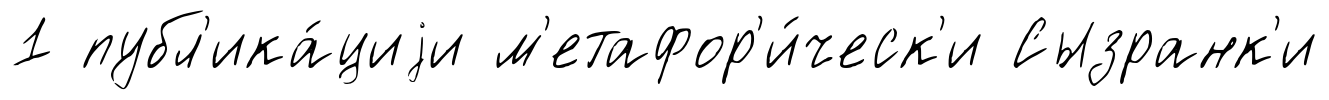
1 публ'ика́циjи м'етафор'и́ческ'и Сызранк'и